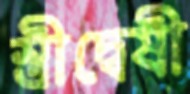
স্ত্রীদ্বেষী